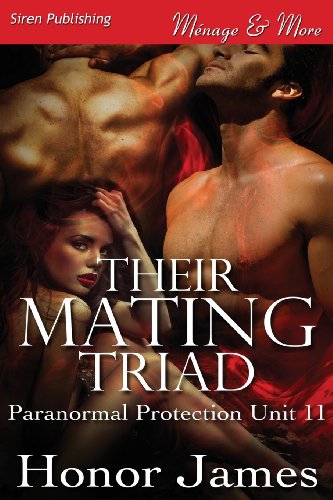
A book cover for Their Mating Triad [Paranormal Protection Unit 11] (Siren Publishing Menage and More) (Paranormal Protection Unit - Siren Publishing Menage and More); Honor James; Romance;